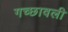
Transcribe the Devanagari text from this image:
गच्छावली